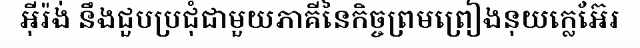
អ៊ីរ៉ង់ នឹងជួបប្រជុំជាមួយភាគីនៃកិច្ចព្រមព្រៀងនុយក្លេអ៊ែរ